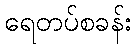
ရေတပ်စခန်း